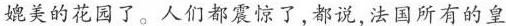
媲美的花园了。人们都震惊了，都说，法国所有的皇